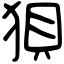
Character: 狽